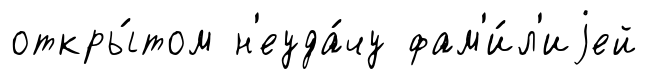
откры́том н'еуда́чу фам'и́л'иjей